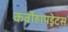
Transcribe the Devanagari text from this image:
कर्बोहायड्रेटस